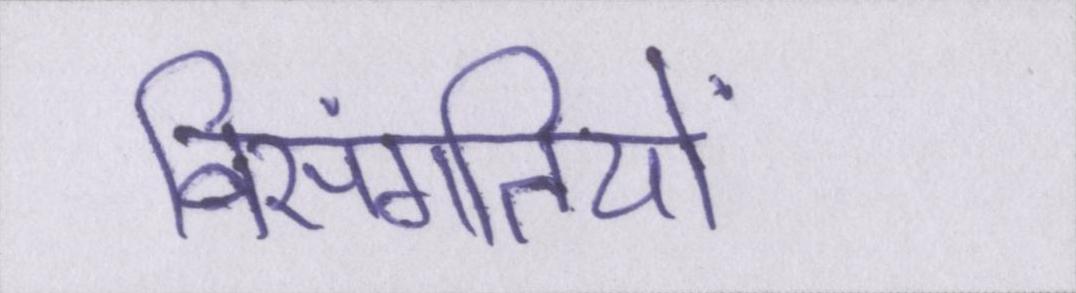
विसंगतियों